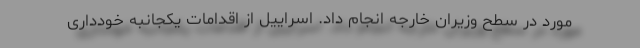
مورد در سطح وزیران خارجه انجام داد. اسراییل از اقدامات یکجانبه خودداری